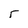
Character: r